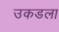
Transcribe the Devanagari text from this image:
उकडला